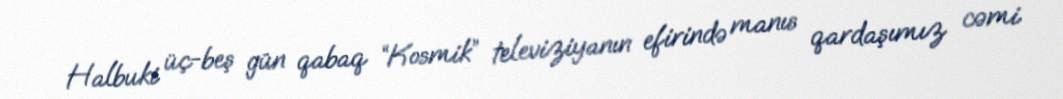
Halbuki üç-beş gün qabaq “Kosmik” televiziyanın efirində manıs qardaşımız cəmi